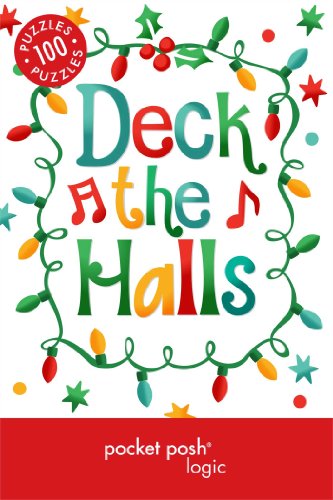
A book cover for Pocket Posh Christmas Logic 5: 100 Puzzles Deck the Halls; The Puzzle Society; Science Fiction & Fantasy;